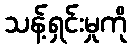
သန့်ရှင်းမှုကို